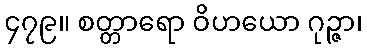
၄၇၉။ စတ္တာရော ဝိဟယော ဂုဉ္ဇာ၊